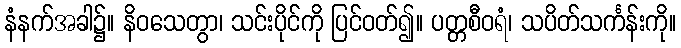
နံနက်အခါ၌။ နိဝသေတွာ၊ သင်းပိုင်ကို ပြင်ဝတ်၍။ ပတ္တစီဝရံ၊ သပိတ်သင်္ကန်းကို။